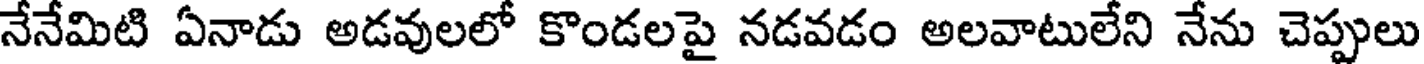
నేనేమిటి ఏనాడు అడవులలో కొండలపై నడవడం అలవాటులేని నేను చెప్పులు